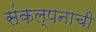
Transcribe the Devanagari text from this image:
संकल्पनाची